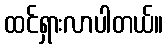
ထင်ရှားလာပါတယ်။